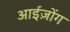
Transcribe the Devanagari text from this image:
आईज़ोंग